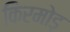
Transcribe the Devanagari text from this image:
किरमोड़